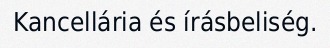
Kancellária és írásbeliség.